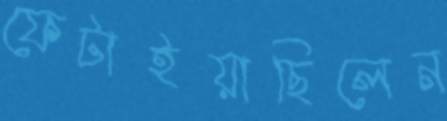
ফেটাইয়াছিলেন